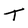
Character: T